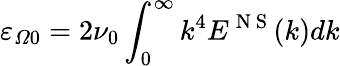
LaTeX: {{\varepsilon}_{\varOmega 0}}=2{{\nu}_{0}}\int_{0}^{\infty}{{{k}^{4}}{{E}^{\mathrm{~N~S~}}}(k)dk}